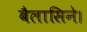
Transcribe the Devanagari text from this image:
बैलासिने।